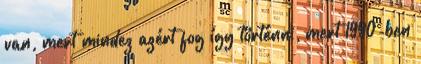
van, mert mindez azért fog így történni, mert 1990-ben